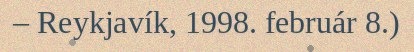
– Reykjavík, 1998. február 8.)